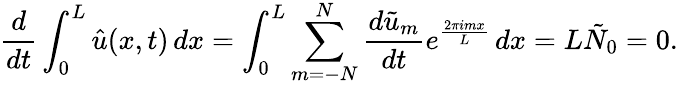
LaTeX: \frac{d}{dt}\int_{0}^{L}\hat{u}(x,t)\mathop{dx}=\int_{0}^{L}\sum_{m=-N}^{N}\frac{d\tilde{u}_{m}}{dt}e^{\frac{2\pi imx}{L}}\mathop{dx}=L\tilde{N}_{0}=0.